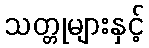
သတ္တုများနှင့်